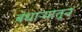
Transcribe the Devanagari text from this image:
बंधाऱ्यातून